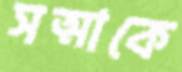
সত্মাকে